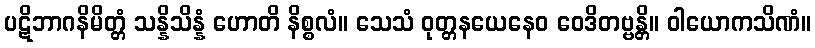
ပဋိဘာဂနိမိတ္တံ သန္နိသိန္နံ ဟောတိ နိစ္စလံ။ သေသံ ဝုတ္တနယေနေဝ ဝေဒိတဗ္ဗန္တိ။ ဝါယောကသိဏံ။